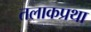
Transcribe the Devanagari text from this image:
तलाकप्रथा